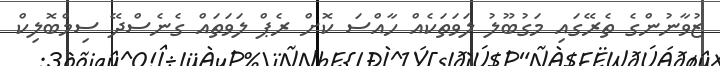
ޒުވާނުންގެ ތެރޭގައި މަގުބޫލު ލަވަތަކެއް ހާއްސަ ކޮށް ރެޕް ލަވަތައް ގެނެސްދޭ ސިމްބޮލިކް